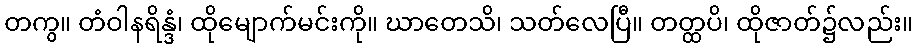
တကွ။ တံဝါနရိန္ဒံ၊ ထိုမျောက်မင်းကို။ ဃာတေသိ၊ သတ်လေပြီ။ တတ္ထပိ၊ ထိုဇာတ်၌လည်း။